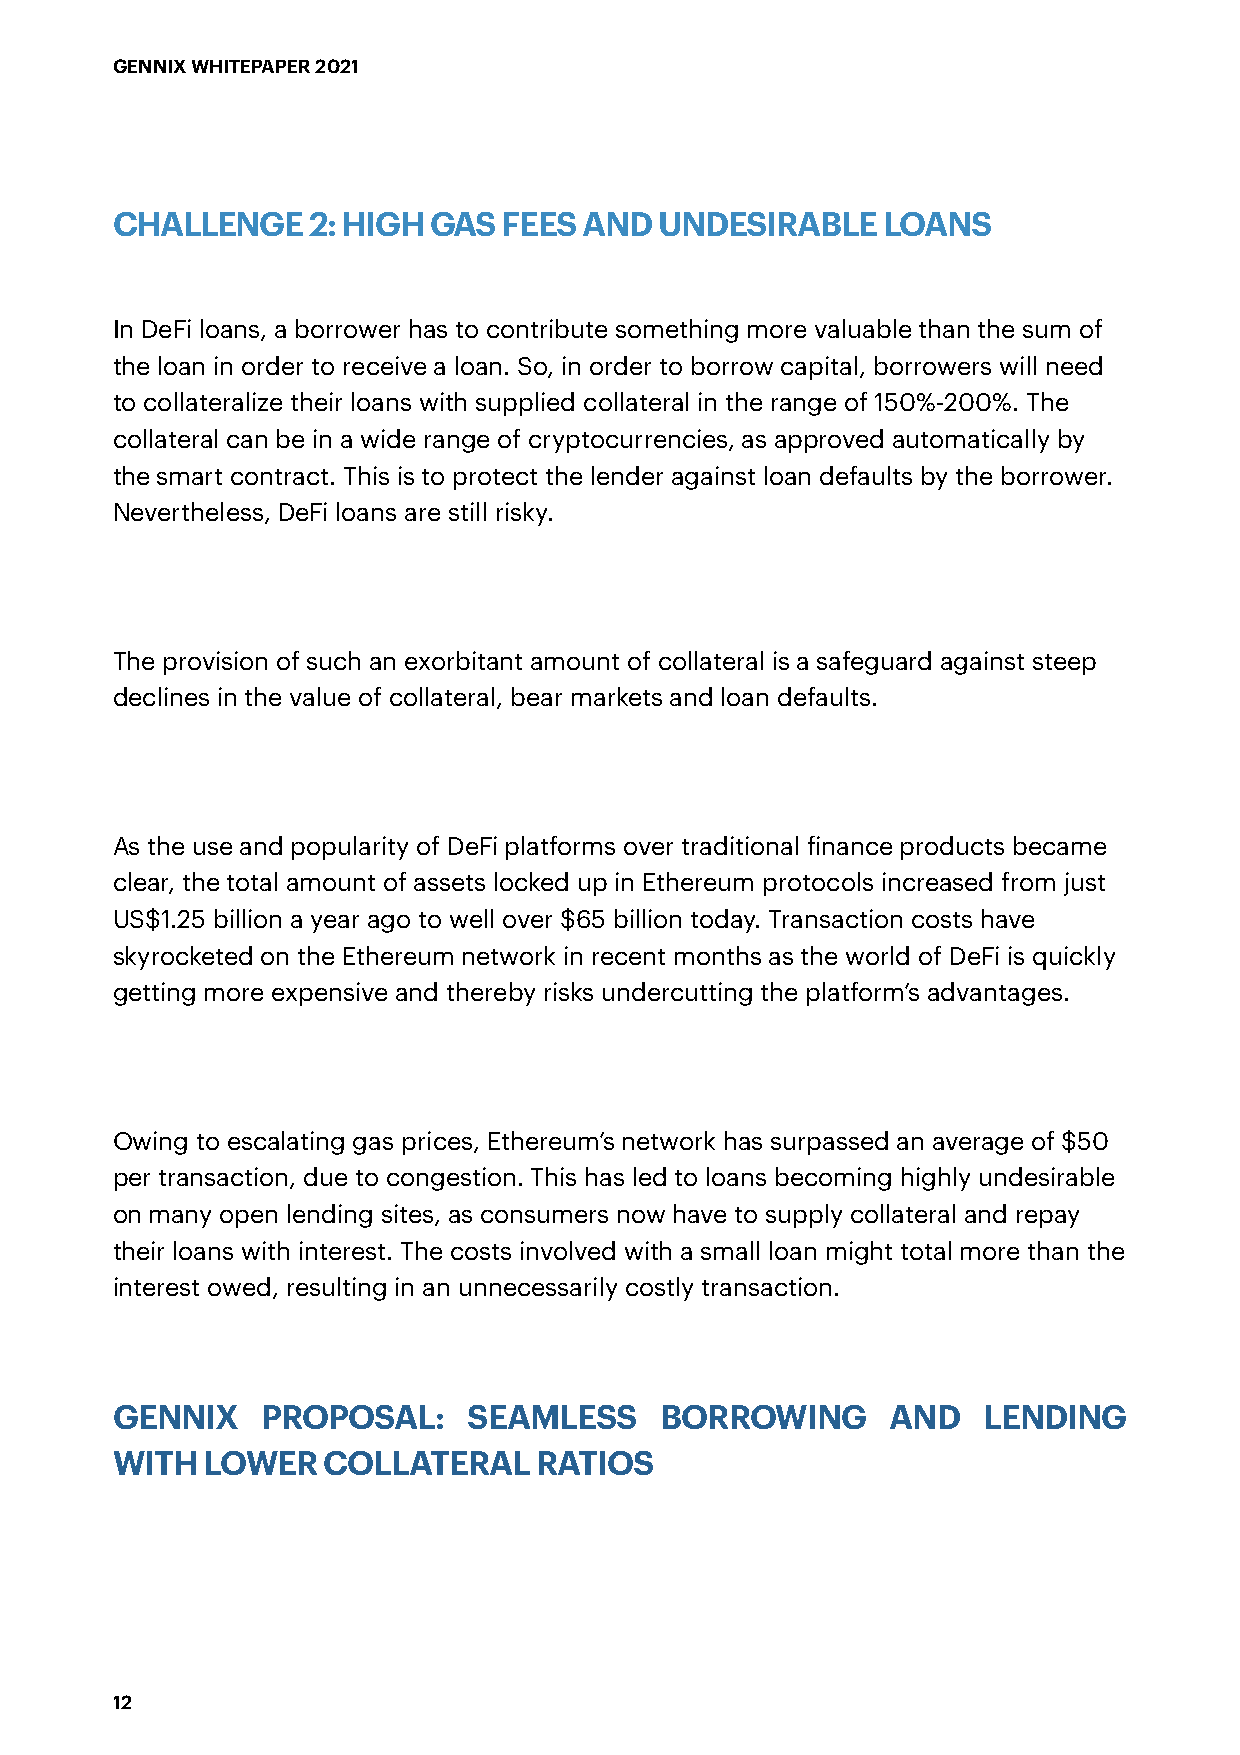
GENNIX WHITEPAPER 2021
 CHALLENGE    2: HIGH  GAS FEES  AND  UNDESIRABLE   LOANS
 In DeFi loans, a borrower has to contribute something more valuable than the sum of
 the loan in order to receive a loan. So, in order to borrow capital, borrowers will need
 to collateralize their loans with supplied collateral in the range of 150%-200%. The
 collateral can be in a wide range of cryptocurrencies, as approved automatically by
 the smart contract. This is to protect the lender against loan defaults by the borrower.
 Nevertheless, DeFi loans are still risky.
 The provision of such an exorbitant amount of collateral is a safeguard against steep
 declines in the value of collateral, bear markets and loan defaults.
 As the use and popularity of DeFi platforms over traditional finance products became
 clear, the total amount of assets locked up in Ethereum protocols increased from just
 US$1.25 billion a year ago to well over $65 billion today. Transaction costs have
 skyrocketed on the Ethereum network in recent months as the world of DeFi is quickly
 getting more expensive and thereby risks undercutting the platform’s advantages.
 Owing to escalating gas prices, Ethereum’s network has surpassed an average of $50
 per transaction, due to congestion. This has led to loans becoming highly undesirable
 on many open lending sites, as consumers now have to supply collateral and repay
 their loans with interest. The costs involved with a small loan might total more than the
 interest owed, resulting in an unnecessarily costly transaction.
 GENNIX    PROPOSAL:     SEAMLESS     BORROWING      AND   LENDING
 WITH  LOWER   COLLATERAL    RATIOS
 12